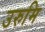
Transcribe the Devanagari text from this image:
उरुमि